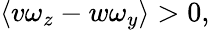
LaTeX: \langle v\omega_{z}-w\omega_{y}\rangle>0,